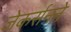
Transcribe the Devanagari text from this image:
जेकर्सनने